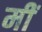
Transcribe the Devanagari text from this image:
मीं